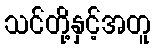
သင်တို့နှင့်အတူ